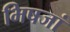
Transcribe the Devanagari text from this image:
भिषजां